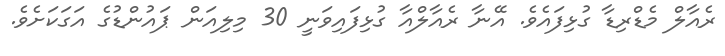
ރެއާލް މެޑްރިޑާ ގުޅިފައެވެ. އޭނާ ރެއާލްއާ ގުޅިފައިވަނީ 30 މިލިއަން ޕައުންޑުގެ އަގަކަށެވެ.